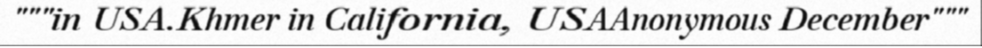
"""in USA.Khmer in California, USAAnonymous December"""